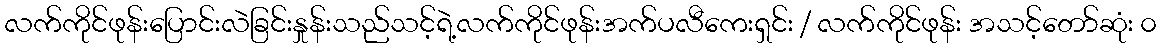
လက်ကိုင်ဖုန်းပြောင်းလဲခြင်းနှုန်းသည်သင့်ရဲ့လက်ကိုင်ဖုန်းအက်ပလီကေးရှင်း / လက်ကိုင်ဖုန်း အသင့်တော်ဆုံး ၀